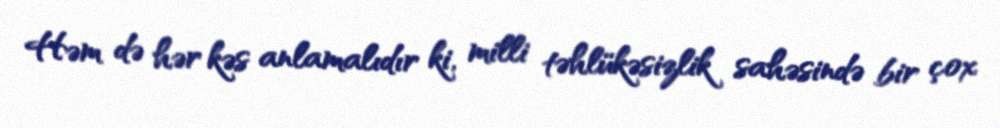
Həm də hər kəs anlamalıdır ki, milli təhlükəsizlik sahəsində bir çox